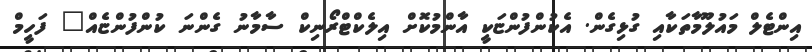
އިންޓެލް މައުލޫމާތަކާއި ގުޅިގެން. އެކުންފުންޏަކީ އާންމުކޮށް އިލެކްޓްރޯނިކް ސާމާނު ގެންނަ ކުންފުންޏެއް" ފަހީމް